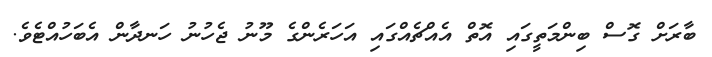
ބާރަށް ގޮސް ބިންމަތީގައި އޮތް އެއްޗެއްގައި އަހަރެންގެ މޫނު ޖެހުނު ހަނދާން އެބަހުއްޓެވެ.